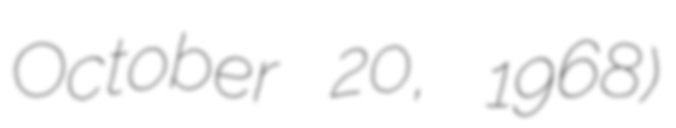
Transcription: October 20, 1968)